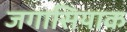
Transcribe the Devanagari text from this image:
जगासियाक